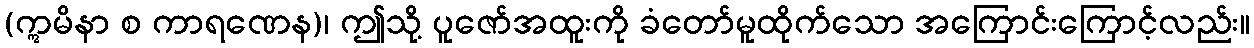
(ဣမိနာ စ ကာရဏေန)၊ ဤသို့ ပူဇော်အထူးကို ခံတော်မူထိုက်သော အကြောင်းကြောင့်လည်း။